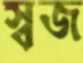
স্বজ